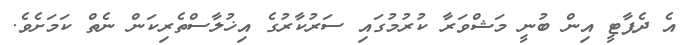
އެ ދެޕާޓީ އިން ބުނީ މަޝްވަރާ ކުރުމުގައި ސަރުކާރުގެ އިޚުލާސްތެރިކަން ނެތް ކަމަށެވެ.